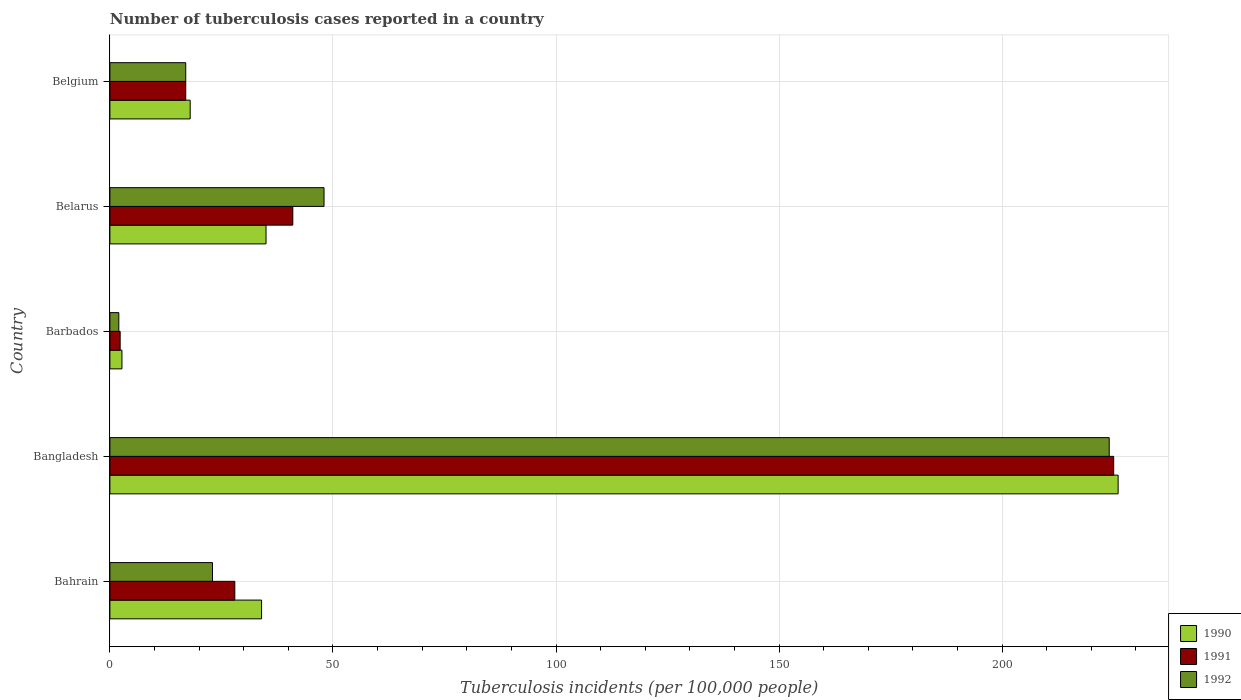
| Country | 1990 | 1991 | 1992 |
 | --- | --- | --- | --- |
 | Bahrain | 34 | 28 | 23 |
 | Bangladesh | 226 | 225 | 224 |
 | Barbados | 2.7 | 2.3 | 2 |
 | Belarus | 35 | 41 | 48 |
 | Belgium | 18 | 17 | 17 |